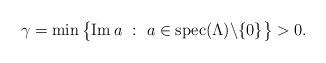
LaTeX: \begin{align*}\gamma = \min\big\{ {\rm Im}\, a\ :\ a\in {\rm spec}(\Lambda)\backslash\{0\} \big\} >0. \end{align*}